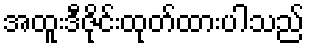
အထူးဒီဇိုင်းထုတ်ထားပါသည်